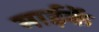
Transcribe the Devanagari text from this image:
माईकें